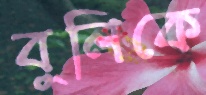
বুলিকে